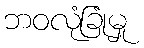
ဘဝလုံခြုံမှု